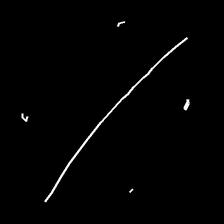
Glyph: cool